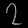
Digit: ၇